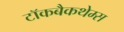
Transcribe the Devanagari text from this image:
टॉकबैकथेम्स